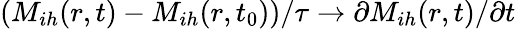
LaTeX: (M_{ih}(r,t)-M_{ih}(r,t_{0}))/\tau\rightarrow\partial M_{ih}(r,t)/\partial t